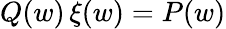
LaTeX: Q(w)\, \xi(w)=P(w)